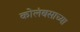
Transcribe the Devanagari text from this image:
कोलंबसाच्या